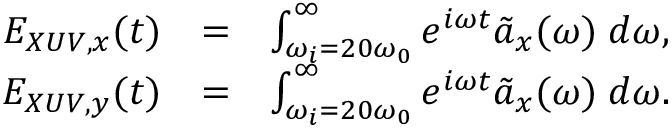
\begin{array} { r l r } { E _ { X U V , x } ( t ) } & { = } & { \int _ { \omega _ { i } = 2 0 \omega _ { 0 } } ^ { \infty } e ^ { i \omega t } \tilde { a } _ { x } ( \omega ) \; d \omega , } \\ { E _ { X U V , y } ( t ) } & { = } & { \int _ { \omega _ { i } = 2 0 \omega _ { 0 } } ^ { \infty } e ^ { i \omega t } \tilde { a } _ { x } ( \omega ) \; d \omega . } \end{array}